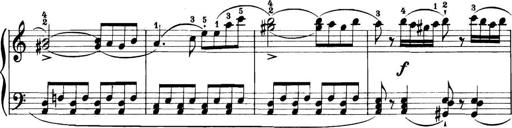
Title: 11 Sonatinas
Composer: Anton Diabelli